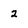
Character: 2